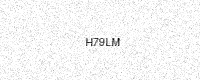
Text: H79LM